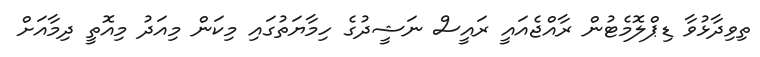
ތިވިދާޅުވާ ޑިޕްލޮމެޓުން ރާއްޖެއައީ ރައީސް ނަޝީދުގެ ހިމާޔަތުގައި މިކަން މިއަދު މިއޮތީ ދިމާއަށް